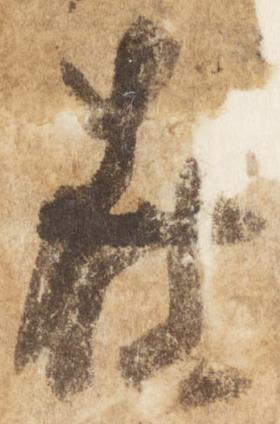
在